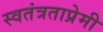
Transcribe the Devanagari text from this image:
स्वतंत्रताप्रेमी